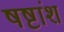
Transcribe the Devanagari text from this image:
षष्टांश